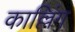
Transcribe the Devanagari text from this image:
काल्लिंग